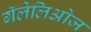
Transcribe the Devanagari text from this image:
गॅलेलिओज